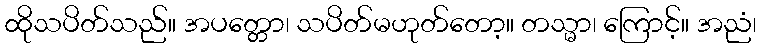
ထိုသပိတ်သည်။ အပတ္တော၊ သပိတ်မဟုတ်တော့။ တသ္မာ၊ ကြောင့်။ အညံ၊